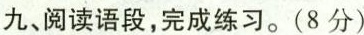
九、阅读语段，完成练习。(8分)